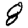
Digit: 8